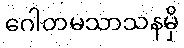
ဂေါတမသာသနမှိ